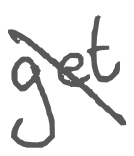
Text: get
Cross-out: diagonal
Writing tool: digital_gray